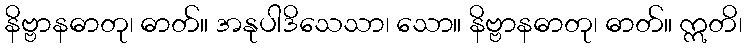
နိဗ္ဗာနဓာတု၊ ဓာတ်။ အနုပါဒိသေသာ၊ သော။ နိဗ္ဗာနဓာတု၊ ဓာတ်။ ဣတိ၊